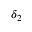
\delta _ { 2 }